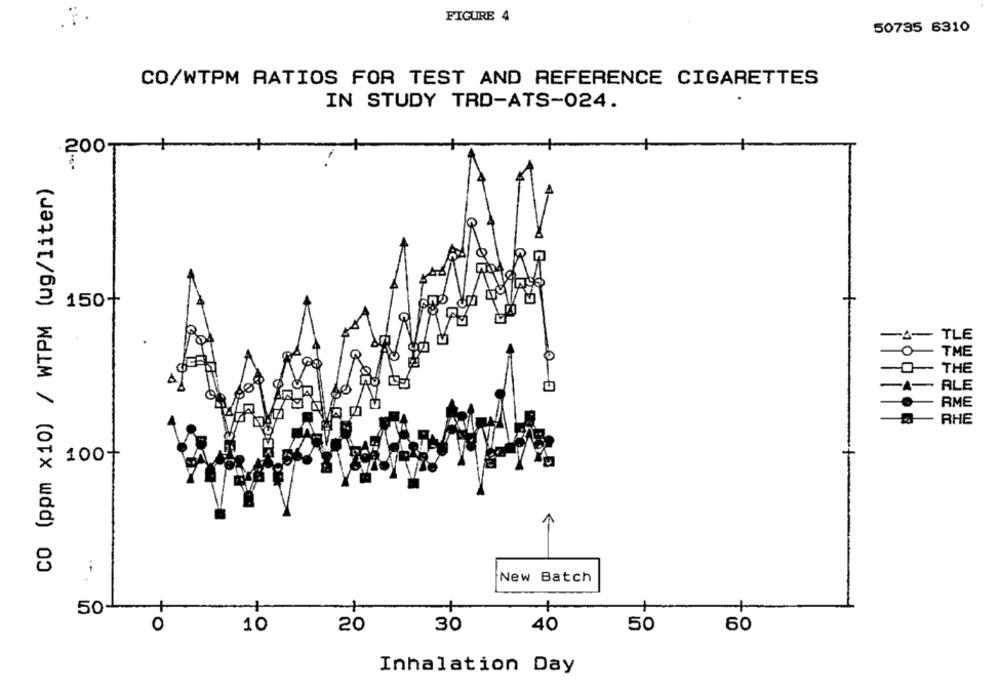
FIGURE 4
50735 6310
CO/WTPM RATIOS FOR TEST AND REFERENCE CIGARETTES
IN STUDY TRD-ATS-024.
200T
CO (ppm x10) / WTPM (ug/liter)
150+
-A-
TLE
0
TME
THE
ALE
-4-
RME
RHE
100+
--
New Batch
50-
O
10
20
30
40
50
60
Inhalation Day